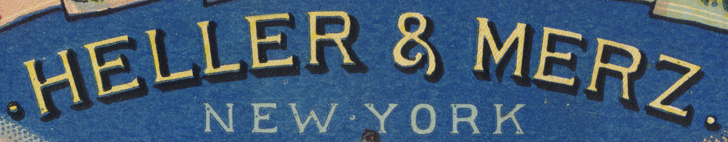
HELLER & MERZ.